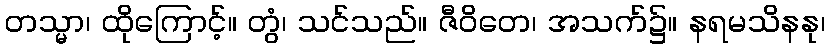
တသ္မာ၊ ထိုကြောင့်။ တွံ၊ သင်သည်။ ဇီဝိတေ၊ အသက်၌။ နရမသိနနု၊